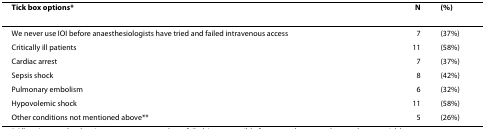
| Tick box options* | N | (%) |
 | --- | --- | --- |
 | We never use IOI before anaesthesiologists have tried and failed intravenous access | 7 | (37%) |
 | Critically ill patients | 11 | (58%) |
 | Cardiac arrest | 7 | (37%) |
 | Sepsis shock | 8 | (42%) |
 | Pulmonary embolism | 6 | (32%) |
 | Hypovolemic shock | 11 | (58%) |
 | Other conditions not mentioned above** | 5 | (26%) |